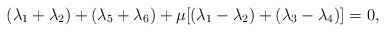
LaTeX: \begin{align*}(\lambda _{1}+\lambda _{2})+(\lambda _{5}+\lambda _{6})+\mu \lbrack (\lambda_{1}-\lambda _{2})+(\lambda _{3}-\lambda _{4})]=0,\end{align*}